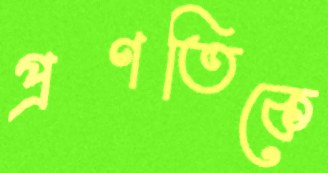
প্রণতিকে